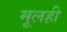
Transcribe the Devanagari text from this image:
मूलही